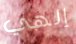
إلهي